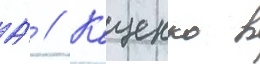
А́ // Кащенко в